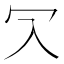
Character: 𠕳